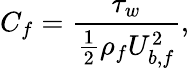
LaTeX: C_{f}=\frac{\tau_{w}}{\frac{1}{2}\rho_{f}U_{b,f}^{2}},